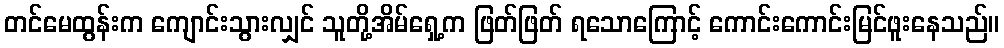
တင်မေထွန်းက ကျောင်းသွားလျှင် သူတို့အိမ်ရှေ့က ဖြတ်ဖြတ် ရသောကြောင့် ကောင်းကောင်းမြင်ဖူးနေသည်။